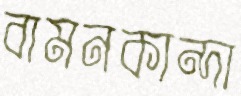
বামনকান্দা